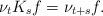
LaTeX: \begin{align*} \nu_t K_sf =\nu_{t+s}f.\end{align*}